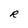
Character: R